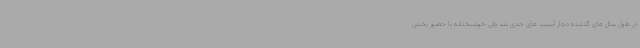
در طول سال های گذشته دچار آسیب های جدی شد ولی خوشبختانه با حضور بخش